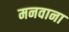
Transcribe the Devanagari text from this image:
मनवाना